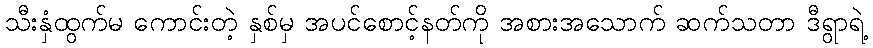
သီးနှံထွက်မ ကောင်းတဲ့ နှစ်မှ အပင်စောင့်နတ်ကို အစားအသောက် ဆက်သတာ ဒီရွာရဲ့